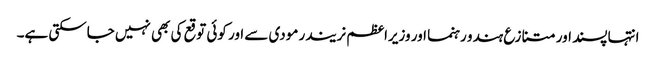
انتہا پسند اور متنازع ہندو رہنما اور وزیراعظم نریندر مودی سے اور کوئی توقع کی بھی نہیں جاسکتی ہے۔